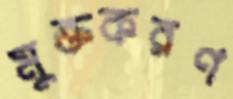
মুক্তকরণ